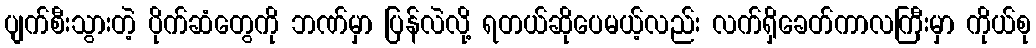
ပျက်စီးသွားတဲ့ ပိုက်ဆံတွေကို ဘဏ်မှာ ပြန်လဲလို့ ရတယ်ဆိုပေမယ့်လည်း လက်ရှိခေတ်ကာလကြီးမှာ ကိုယ်စု